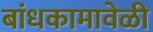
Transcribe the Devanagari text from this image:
बांधकामावेळी